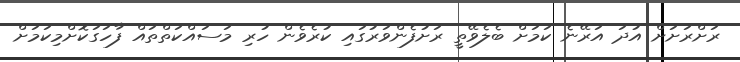
ރަށްރަށަށް އުދަ އަރޭނެ ކަމަށް ބެލެވޭތީ ރަށުފެންވަރުގައި ކުރެވެން ހުރި މަސައްކަތްތައް ފާހަގަކޮށްމިކަމަށް